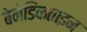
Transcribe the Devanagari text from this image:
बेनेडिकताइन